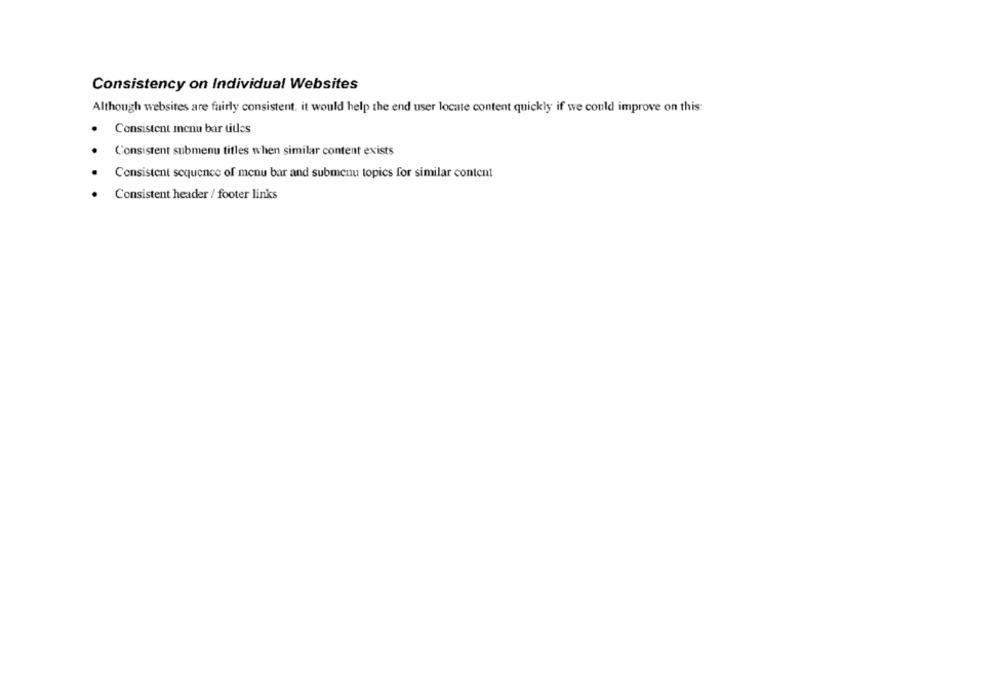
Consistency on Individual Websites
Although websites are fairly consistent. it would help the end user locate content quickly if we could improve on this:
Consistent menu bar titles
Consistent submenu titles when similar content exists
Consistent sequence of menu bar and submenu topics for similar content
Consistent header / footer links